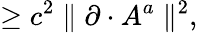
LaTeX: \geq c^{2}\parallel\partial\cdot A^{a}\parallel^{2},